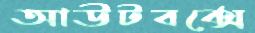
আউটবক্সে